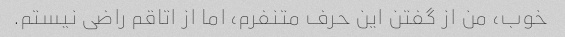
خوب، من از گفتن این حرف متنفرم، اما از اتاقم راضی نیستم.